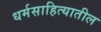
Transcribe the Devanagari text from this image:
धर्मसाहित्यातील